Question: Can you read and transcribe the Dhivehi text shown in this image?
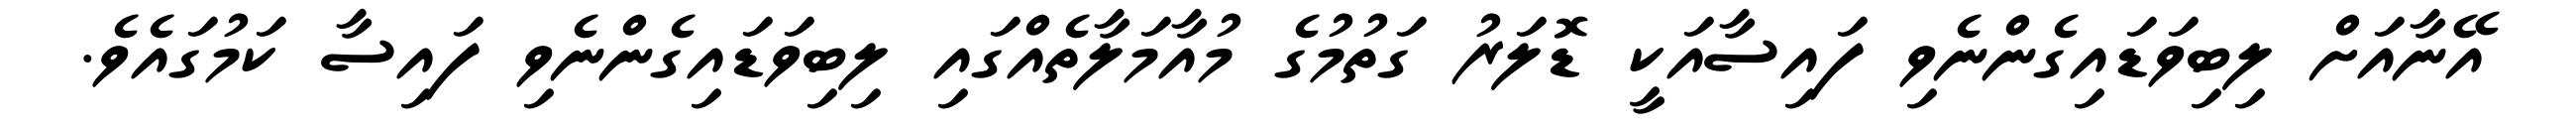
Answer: އޭނާއަށް ލިބިވަޑައިގެންނެވި ފައިސާއަކީ ޑޮލަރު ގަތުމުގެ މުއާމަލާތެއްގައި ލިބިވަޑައިގެންނެވި ފައިސާ ކަމުގައެވެ.